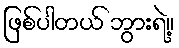
ဖြစ်ပါတယ် ဘွားရဲ့။